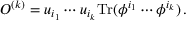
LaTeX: { \cal O } ^ { ( k ) } = u _ { i _ { 1 } } \cdots u _ { i _ { k } } \mathrm { T r } ( \phi ^ { i _ { 1 } } \cdots \phi ^ { i _ { k } } ) \, .